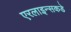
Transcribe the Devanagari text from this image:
एरलाइन्सकडे